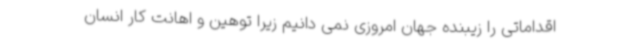
اقداماتی را زیبنده جهان امروزی نمی دانیم زیرا توهین و اهانت کار انسان